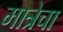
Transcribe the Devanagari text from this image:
मात्रेचा